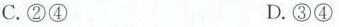
C.②④ D.③④